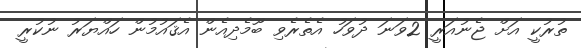
ތުރުކީ އަށް ޖެނުއަރީ 2ވަނަ ދުވަހު އެތެރެވި ބޫމެދިއެން އެޤައުމުން ހައްޔަރު ނުކުރީ